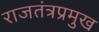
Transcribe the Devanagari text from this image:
राजतंत्रप्रमुख